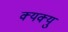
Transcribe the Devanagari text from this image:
क्यक्यु